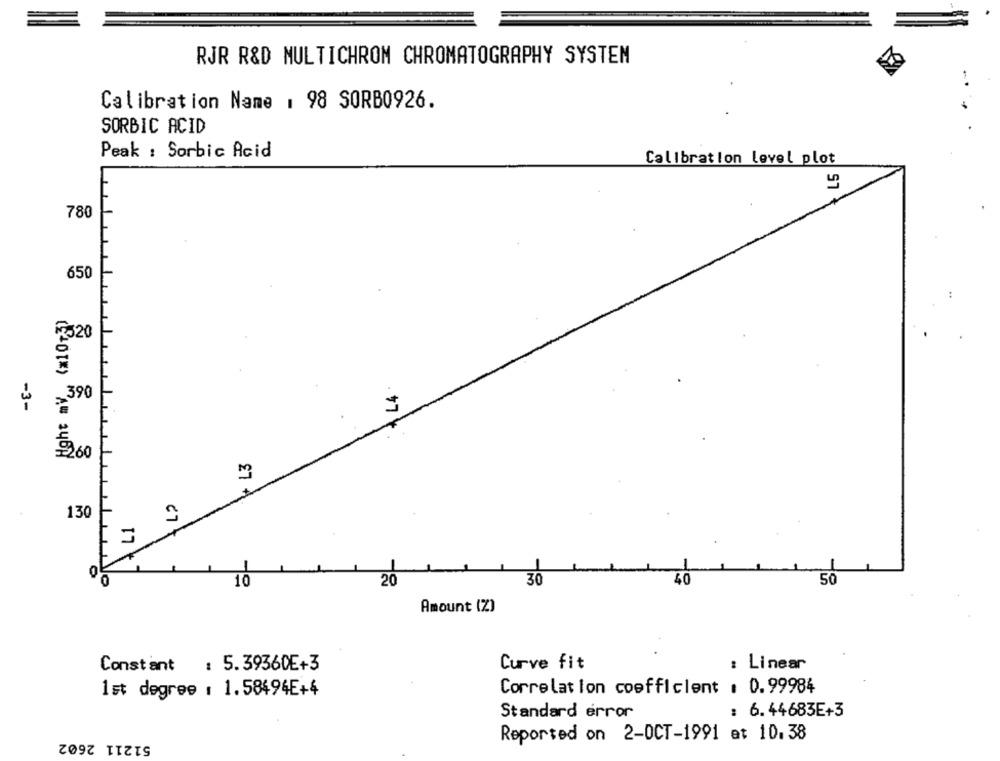
RJR R&D MULTICHROM CHROMATOGRAPHY SYSTEM
Calibration Name 1 98 SORB0926.
SORBIC ACID
Peak : Sorbic Acid
Calibration level plot
LS
780
650
R320
LA
.390
-3-
960
L3
130
67
40
10
20
30
Amount (%)
Constant : 5.39360E+3
Curve fit
: Linear
1st degree : 1.58494E+4
Correlation coefficient . 0.99984
Standard error
: 6.44683E+3
51211 2602
Reported on 2-OCT-1991 at 10.38